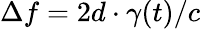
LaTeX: \Delta f=2d\cdot\gamma(t)/c